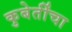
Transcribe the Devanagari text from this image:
कुबेर्तींचा